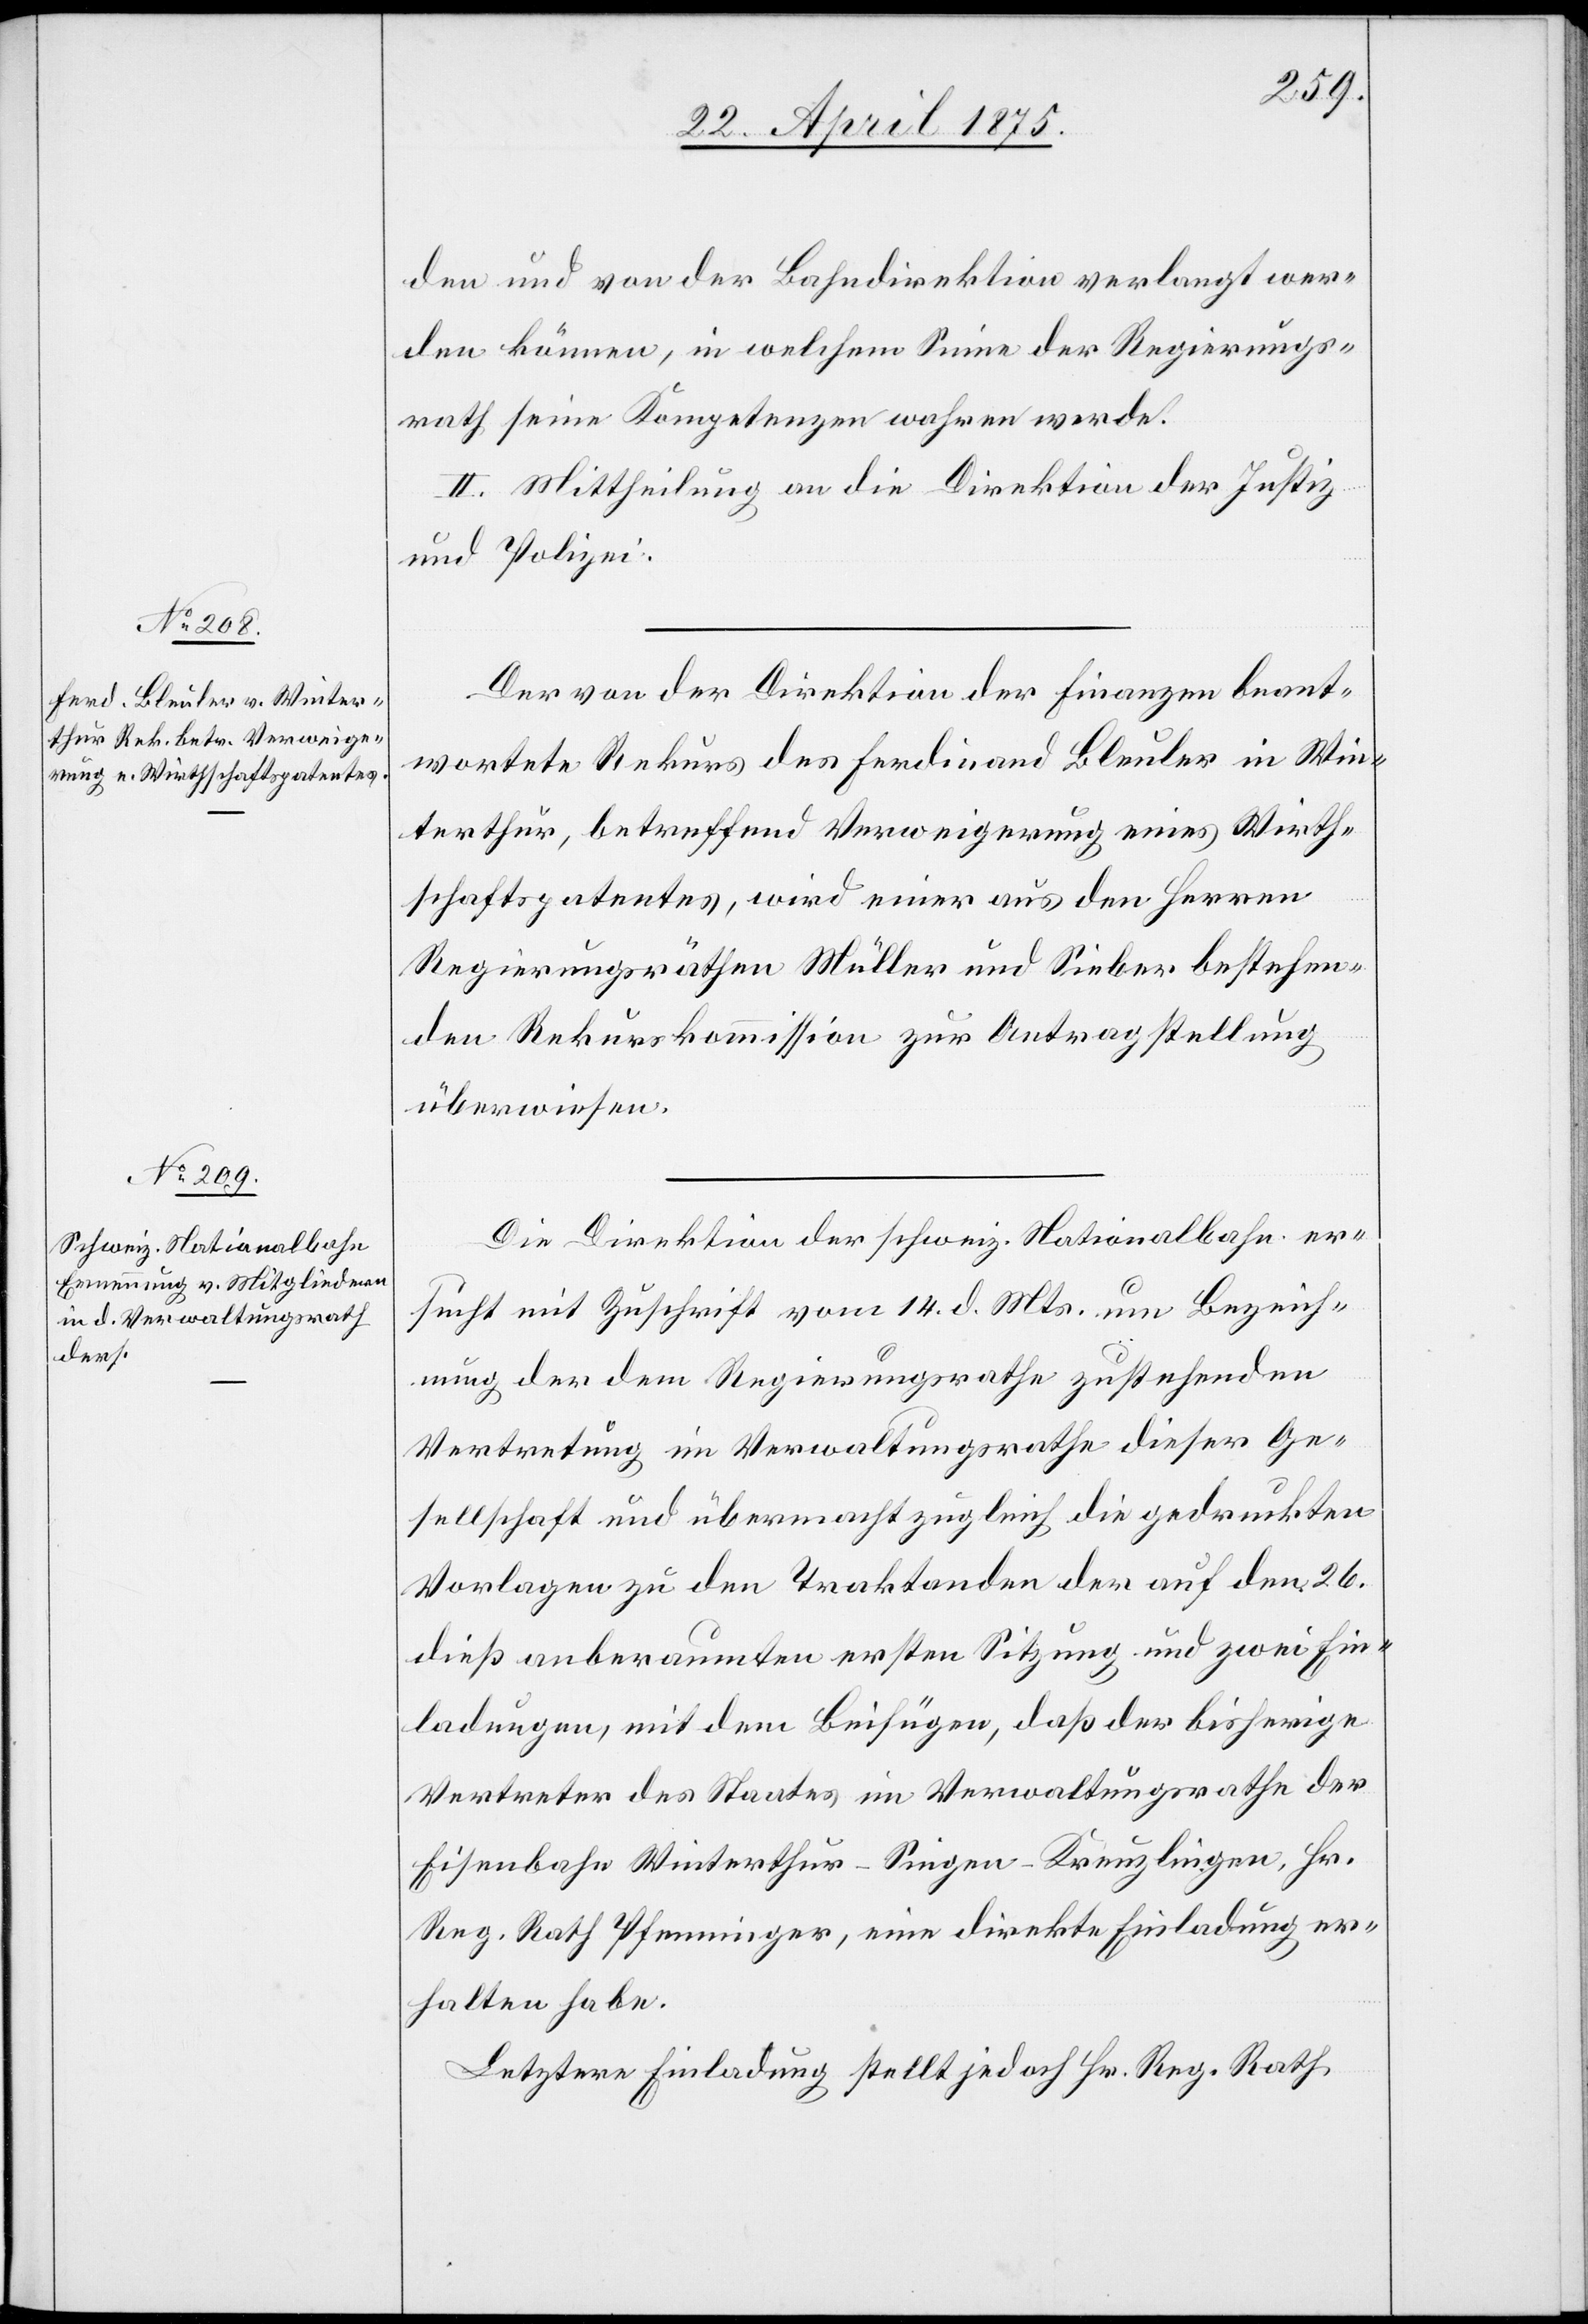
den und der Bahndirektion verlangt wer¬
den können, in welchem Sinne der Regierungs¬
rath seine Kompetenzen wahren werde.
II. Mittheilung an die Direktion der Justiz
und Polizei.
Der von der Direktion er Finanzen beant¬
wortete Rekurs des Ferdinand Bleuler in Win¬
terthur, betreffend Verweigerung eines Wirth¬
schaftspatentes, wird einer aus den Herren
Regierungsräthen Müller und Sieber bestehen¬
de Rekurskommission zur Antragstellung
überwiesen.
Die Direktion der schweiz. Nationalbahn er¬
sucht mit Zuschrift vom 14. d. Mts. um Bezeich¬
nung der dem Regierungsrathe zustehenden
Vertretung im Verwaltungsrathe dieser Ge¬
sellschaft und übermacht zugleich die gedruckten
Vorlagen zu den Traktanden der auf den 26.
dieß anberaumten ersten Sitzung und zwei Ein¬
ladungen, mit dem beifügen, daß der bisherige
Vertreter des Staates im Verwaltungsrathe der
Eisenbahn Winterthur–Singen–Kreuzlingen, Hr.
Reg. Rath Pfenninger, eine direkte Einladung er¬
halten habe.
Letztere Einladung stellt jedoch Hr. Reg. Rath